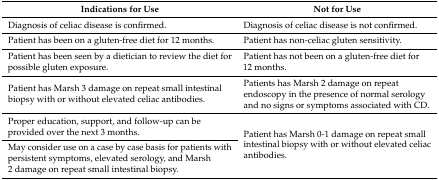
| Indications for Use | Not for Use |
 | --- | --- |
 | Diagnosis of celiac disease is confirmed. | Diagnosis of celiac disease is not confirmed. |
 | Patient has been on a gluten-free diet for 12 months. | Patient has non-celiac gluten sensitivity. |
 | Patient has been seen by a dietician to review the diet for possible gluten exposure. | Patient has not been on a gluten-free diet for 12 months. |
 | Patient has Marsh 3 damage on repeat small intestinal biopsy with or without elevated celiac antibodies. | Patients has Marsh 2 damage on repeat endoscopy in the presence of normal serology and no signs or symptoms associated with CD. |
 | Proper education, support, and follow-up can be provided over the next 3 months. | <ROWSPAN=2> Patient has Marsh 0-1 damage on repeat small intestinal biopsy with or without elevated celiac antibodies. |
 | May consider use on a case by case basis for patients with persistent symptoms, elevated serology, and Marsh 2 damage on repeat small intestinal biopsy. |